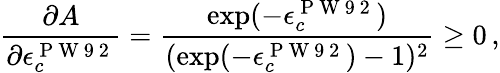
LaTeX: \frac{\partial A}{\partial\epsilon_{c}^{\mathrm{~P~W~9~2~}}}=\frac{\exp(-\epsilon_{c}^{\mathrm{~P~W~9~2~}})}{(\exp(-\epsilon_{c}^{\mathrm{~P~W~9~2~}})-1)^{2}}\geq 0\, ,